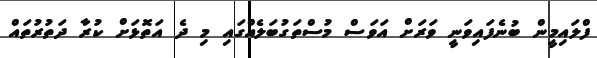
ފްލައިމީން ބުނެފައިވަނީ ވަރަށް އަވަސް މުސްތަގުބަލެއްގައި މި ދެ އަތޮޅަށް ކުރާ ދަތުރުތައް